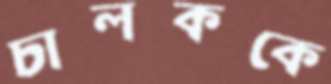
চালককে